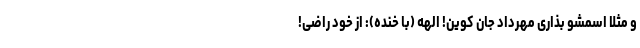
و مثلاً اسمشو بذاری مهرداد جان کوین! الهه (با خنده): از خود راضی!